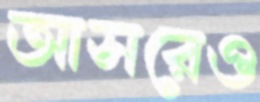
আসরেও